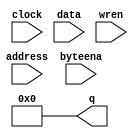
// This program was cloned from: https://github.com/nukeykt/Nuked-MD-FPGA
// License: GNU General Public License v2.0

module ram_68k (
	address,
	byteena,
	clock,
	data,
	wren,
	q);

	input	[14:0]  address;
	input	[1:0]  byteena;
	input	  clock;
	input	[15:0]  data;
	input	  wren;
	output	[15:0]  q;

	assign q = 0;

endmodule // ram_68k

module ram_z80 (
	address,
	clock,
	data,
	wren,
	q);

	input	[12:0]  address;
	input	  clock;
	input	[7:0]  data;
	input	  wren;
	output	[7:0]  q;

	assign q = 0;

endmodule // ram_z80

module vram_ip (
	address,
	byteena,
	clock,
	data,
	wren,
	q);

	input	[13:0]  address;
	input	[3:0]  byteena;
	input	  clock;
	input	[31:0]  data;
	input	  wren;
	output	[31:0]  q;

	assign q = 0;

endmodule // vram_ip